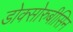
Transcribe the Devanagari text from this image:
डोक्सोरुबीसिन